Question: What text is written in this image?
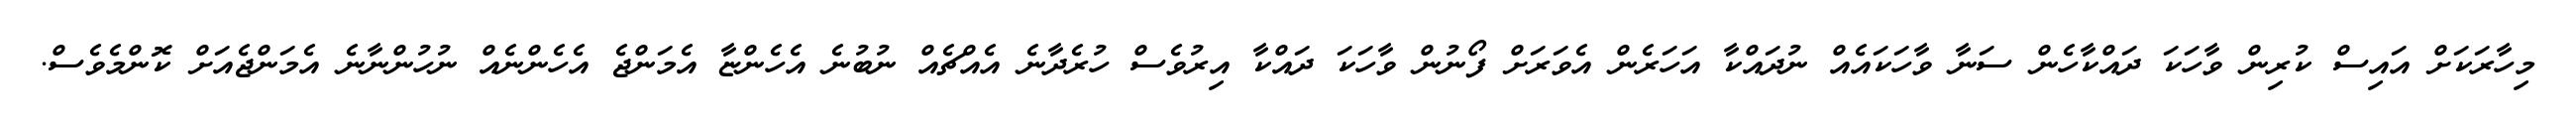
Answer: މިހާރަކަށް އައިސް ކުރިން ވާހަކަ ދައްކާހެން ސަނާ ވާހަކައެއް ނުދައްކާ އަހަރެން އެވަރަށް ފޯނުން ވާހަކަ ދައްކާ އިރުވެސް ހުރެދާނެ އެއްޗެއް ނުބުނެ އެހެންޏާ އެމަންޖެ އެހެންނެއް ނުހުންނާނެ އެމަންޖެއަށް ކޮންމެވެސް.